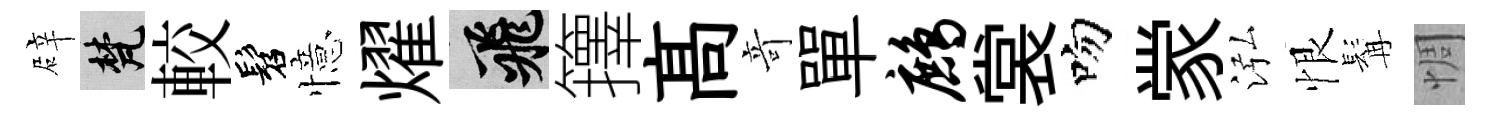
辟梵較髫憶燿飛籜髙竒單鹧裳吻䝉泓恨髯惆